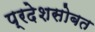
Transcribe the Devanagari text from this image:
प्रदेशसोबत